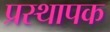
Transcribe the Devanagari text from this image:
प्रस्थापक